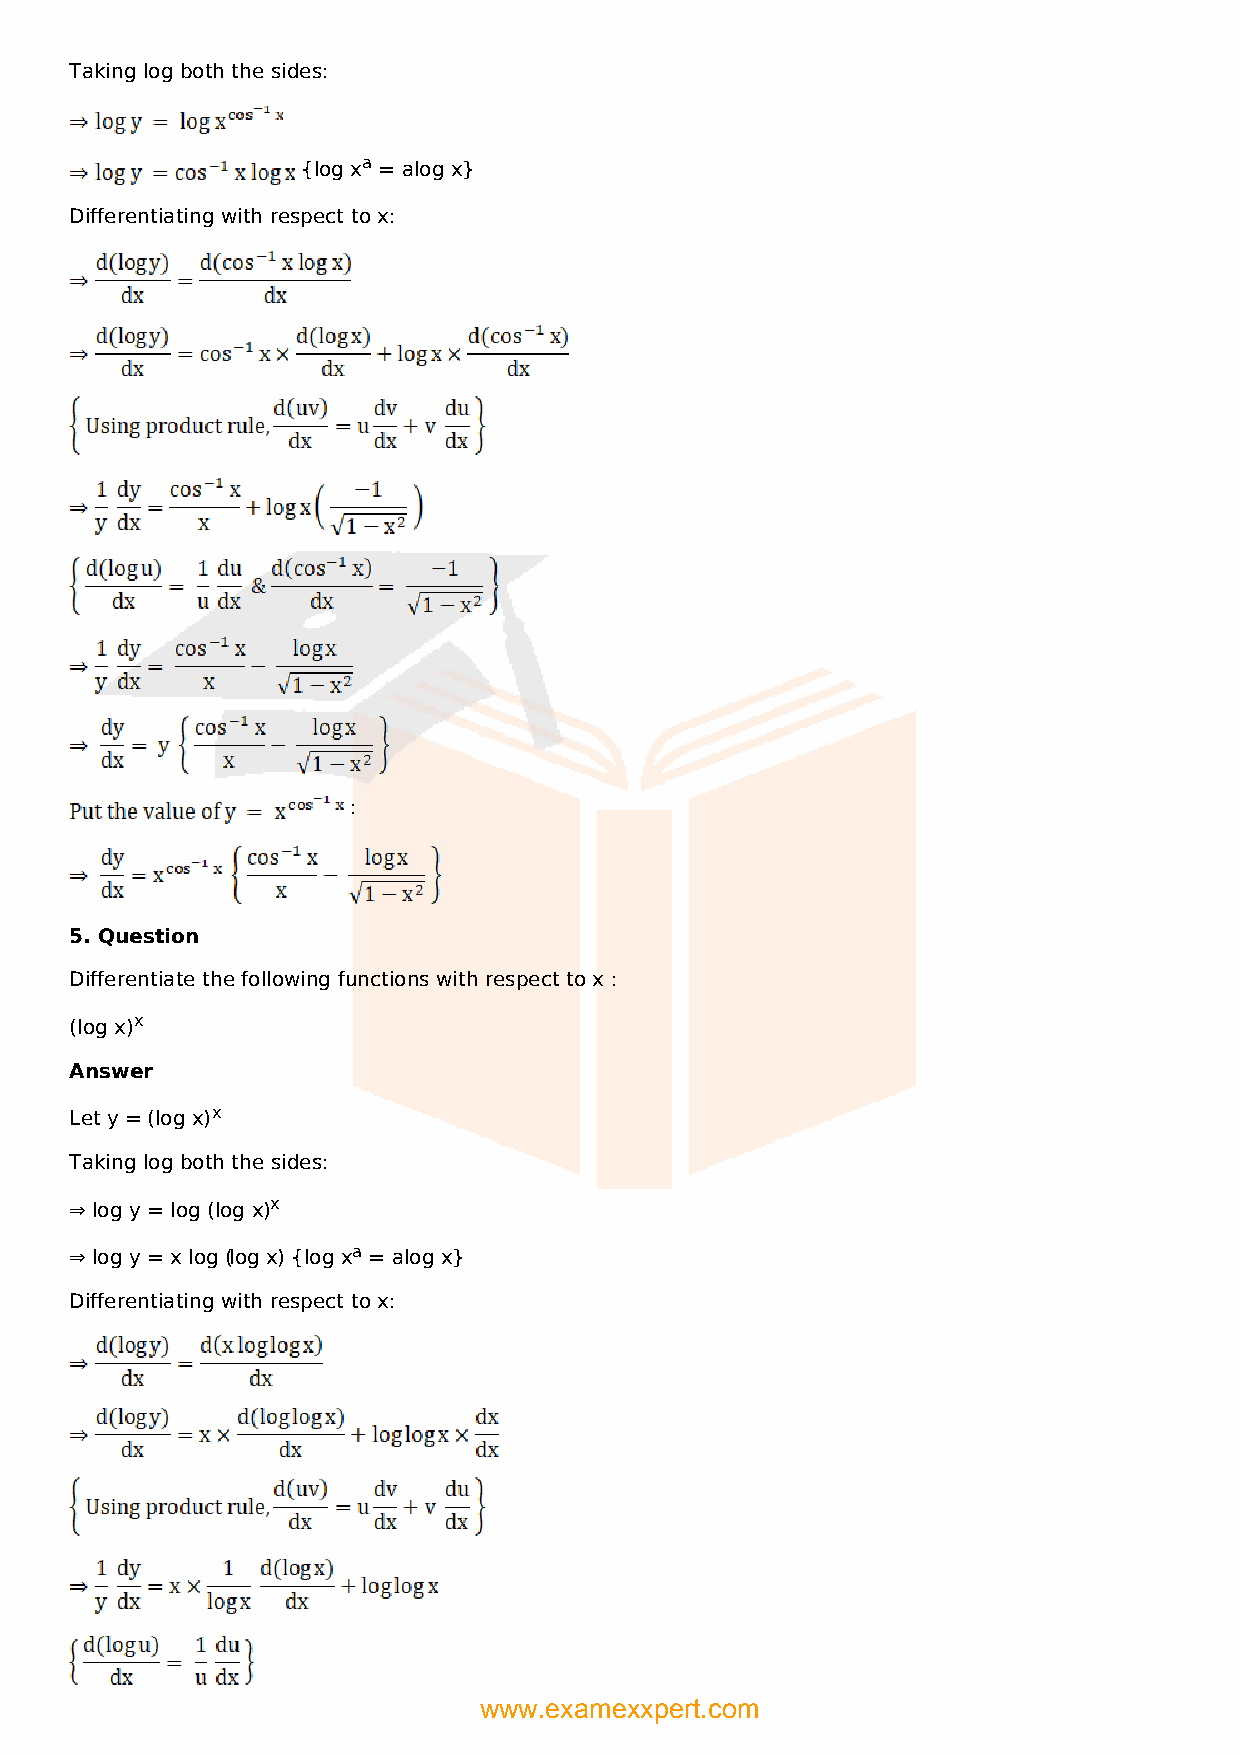
Taking log both the sides:
 {log xa = alog x}
 Differentiating with respect to x:
 :
 5. Question
 Differentiate the following functions with respect to x :
 (log x)x
 Answer
 Let y = (log x)x
 Taking log both the sides:
 ⇒ log y = log (log x)x
 ⇒ log y = x log (log x) {log xa = alog x}
 Differentiating with respect to x:
 www.examexxpert.com